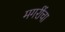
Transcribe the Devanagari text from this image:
मगरींचा